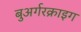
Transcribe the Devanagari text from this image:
बुअर्गरक्राइग